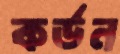
কর্ডন